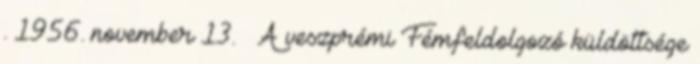
. 1956. november 13. – A veszprémi Fémfeldolgozó küldöttsége